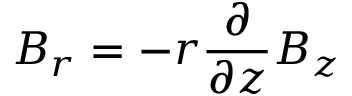
B _ { r } = - r \frac { \partial } { \partial z } B _ { z }